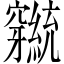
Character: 𬔕